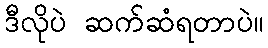
ဒီလိုပဲ ဆက်ဆံရတာပဲ။